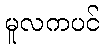
မူလကပင်